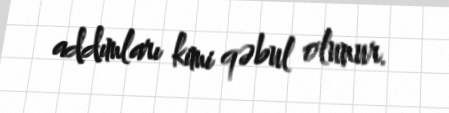
addımları kimi qəbul olunur.